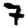
Digit: 7